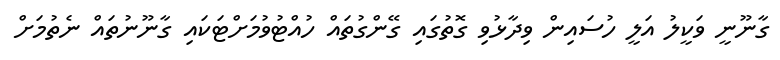
ގާނޫނީ ވަކީލު އަލީ ހުސައިން ވިދާޅުވި ގޮތުގައި ގޭންގުތައް ހުއްޓުވުމަށްޓަކައި ގާނޫނުތައް ނެތުމަށް